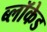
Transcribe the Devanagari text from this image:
ब्लॉकेड